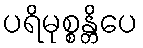
ပရိမုစ္စန္တိပေ